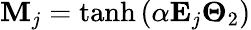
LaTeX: \mathbf{M}_{j}=\operatorname{tanh}\left(\alpha\mathbf{E}_{j}\mathbf\Theta_{2}\right)